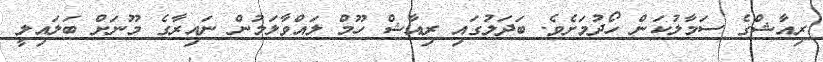
ރިއާޝްގެ ސަމާލުކަން ހޯދުމަށެވެ. ބަދަލުގައި ރިއާޝް ހޫމް ލައްވާލަމުން ނައިރާގެ މޫނަށް ބަލައިލީ